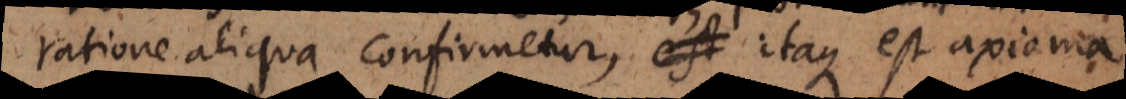
ratione aliqua confirmetur, itaque est axioma.